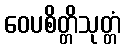
ဝေပစိတ္တိသုတ္တံ